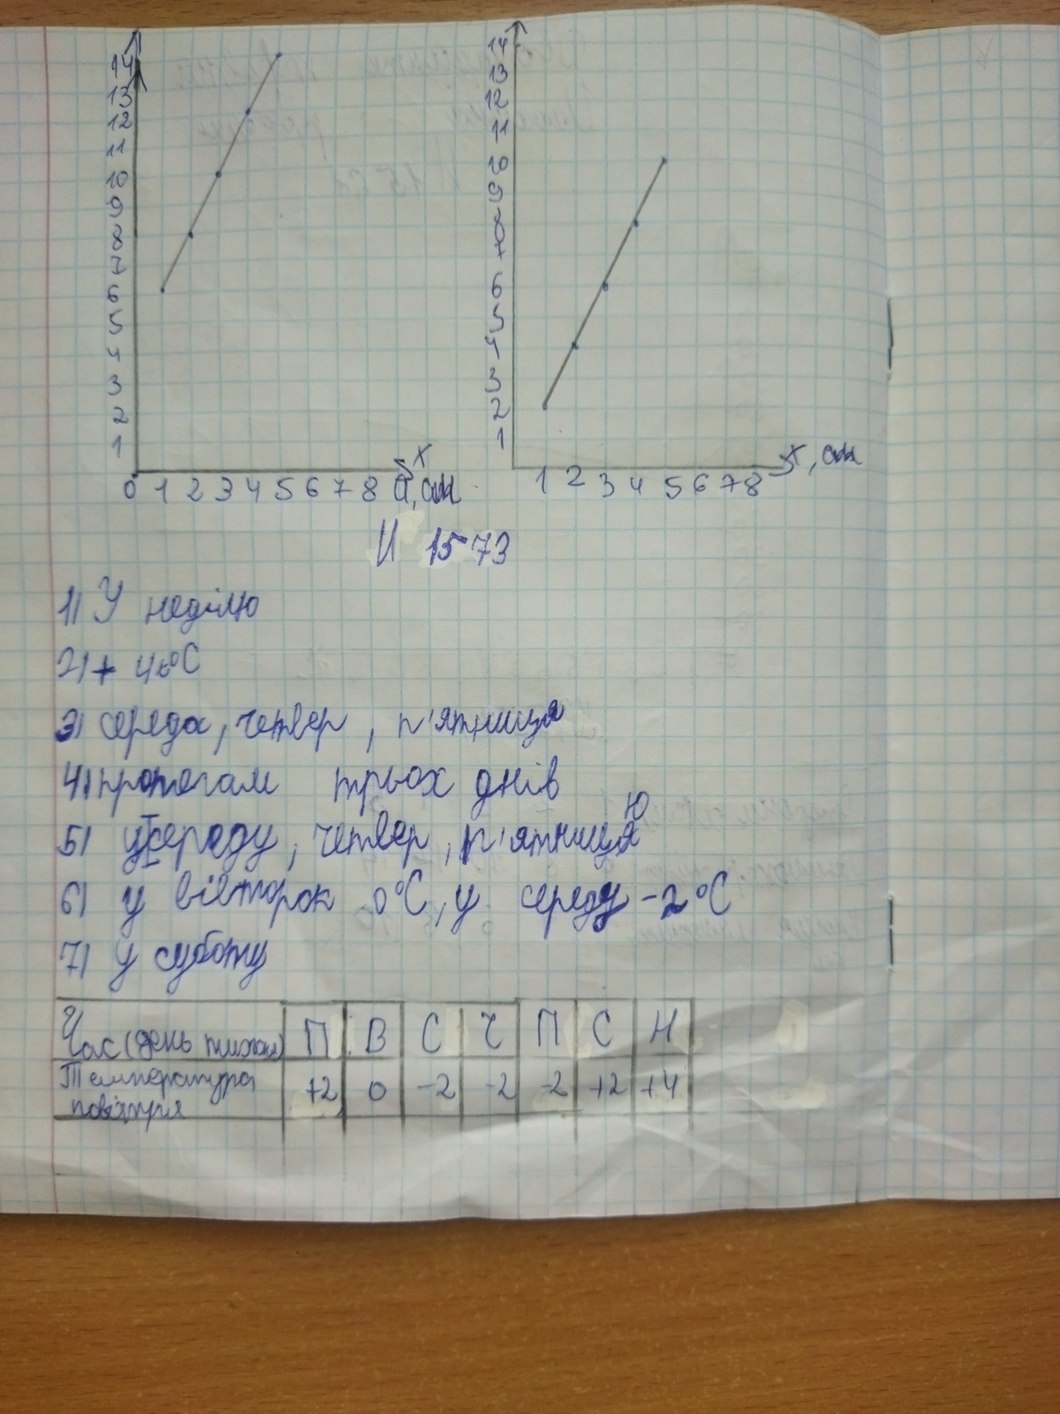
№1573
1) У неділю
2)  + 4t°C
3) середа, четвер, п'ятниця
4) протягом трьох днів
5)  усереду, четвер, п'ятниц~~я~~{ю}
б) у вівторок 0°C, у середу -2°C
7) суботу
Час (день тижня)|П|В|С|Ч|П|С|Н
Температура повітря|+2|0|-2|-2|-2|+2|+4